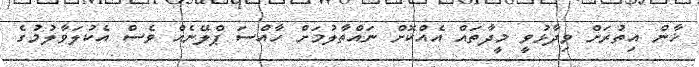
ޚާން އިތުރަށް ވިދާޅުވީ މީދާތައް އެއްކޮށް ނައްތާލުމަށް ހާއްސަ ޕްލޭނެއް ވެސް އެކުލަވާލުމުގެ